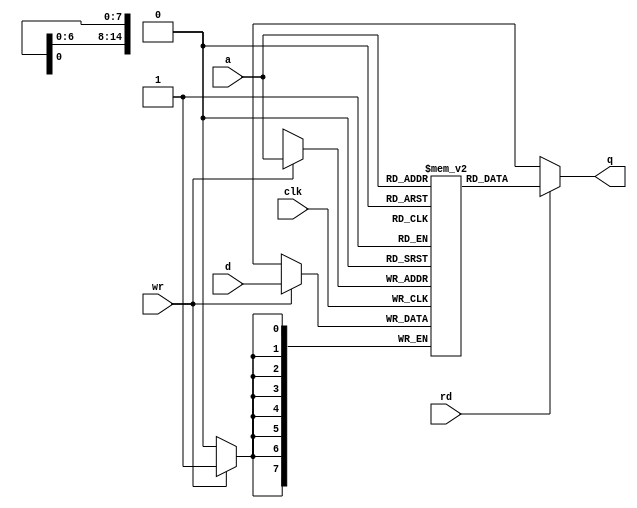
module ram (clk, a, d, q, rd, wr);
   parameter ADDR_BITS = 15;
   parameter DATA_BITS = 8;
   parameter ACCESS_TIME = 40;

   input                  clk;
   input [ADDR_BITS-1:0]  a;
   input [DATA_BITS-1:0]  d;
   output [DATA_BITS-1:0] q;
   input 		  rd, wr;

   reg [DATA_BITS-1:0] 	  mem [0:(1 << ADDR_BITS)-1];
   
   assign q = rd ? mem[a] : {(DATA_BITS){1'bx}};

   always @(posedge clk)
     begin
	//$display ("a:%x d:%x q:%x rd:%b wr:%b", a, d, q, rd, wr);
	
	if (wr)
	  begin
	     //   $display ("writing %x <= %x", a, d);
	     mem[a] <= d;
	  end
     end
   
   
endmodule // ram